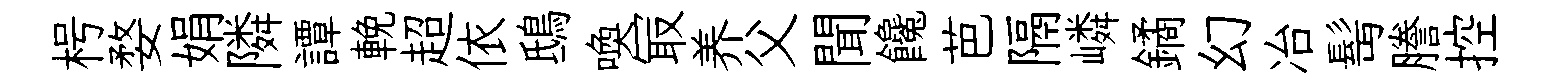
枵婺娟隣譚輓超依鴟喚冣养父聞饞芭隔嶙鐍幻冶髩謄控